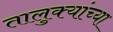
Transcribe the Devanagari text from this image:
तालुक्‍यांच्या